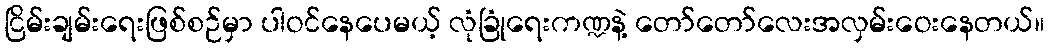
ငြိမ်းချမ်းရေးဖြစ်စဉ်မှာ ပါဝင်နေပေမယ့် လုံခြုံရေးကဏ္ဍနဲ့ တော်တော်လေးအလှမ်းဝေးနေတယ်။